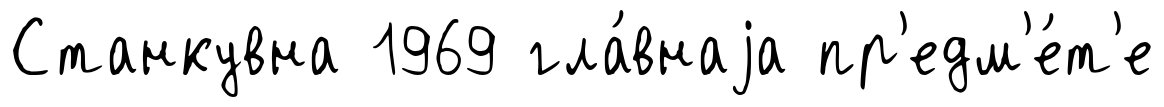
Станкувна 1969 гла́внаjа пр'едм'е́т'е